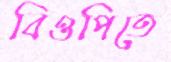
বিওপিতে